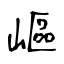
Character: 嶇